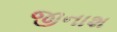
જીનાશ